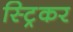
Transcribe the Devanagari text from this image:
स्ट्रिकर